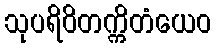
သုပရိဝိတက္ကိတံယေဝ